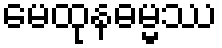
မေထုနဓမ္မဿ